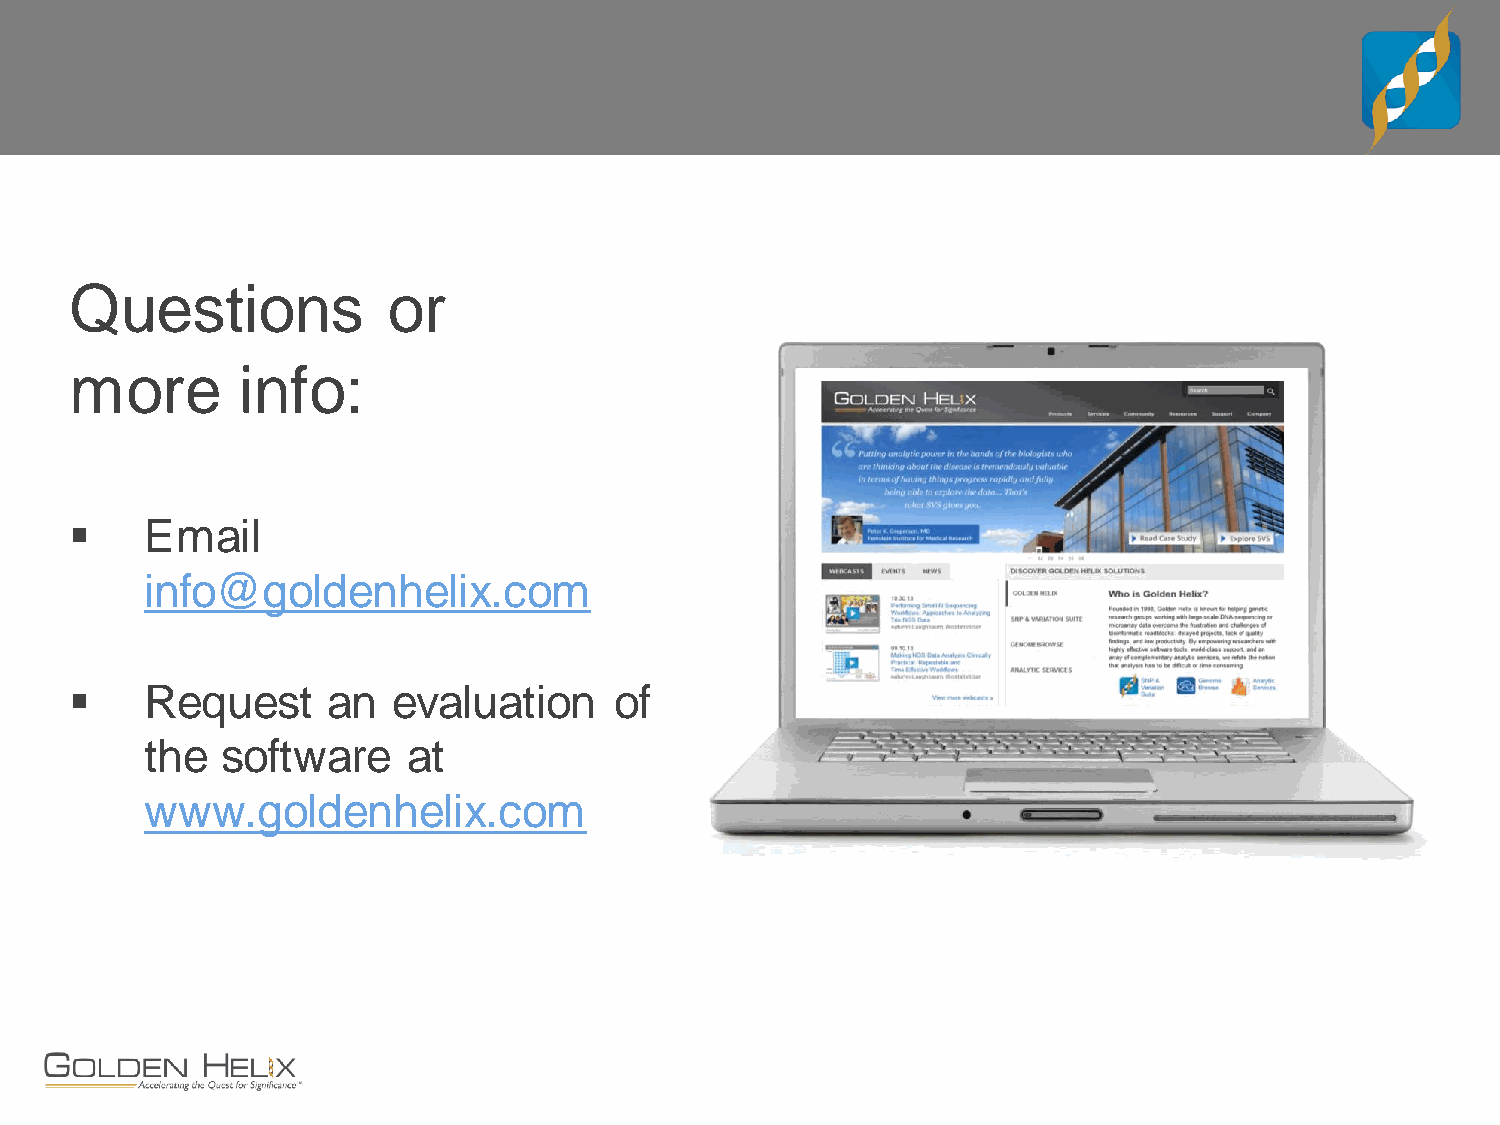
Questions            or
 more       info:
     Email
 info@goldenhelix.com
     Request     an  evaluation     of
 the  software    at
 www.goldenhelix.com